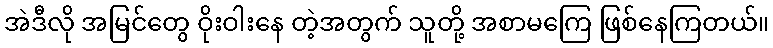
အဲဒီလို အမြင်တွေ ဝိုးဝါးနေ တဲ့အတွက် သူတို့ အစာမကြေ ဖြစ်နေကြတယ်။